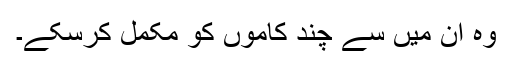
وہ ان میں سے چند کاموں کو مکمل کرسکے۔